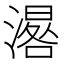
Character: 𣽞